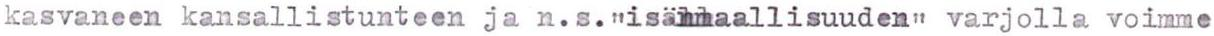
kasvaneen kansallistunteen ja n.s."isänmaallisuuden" varjolla voimme